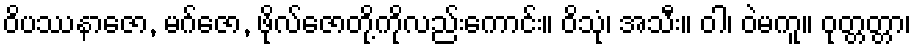
ဝိပဿနာဇော, မဂ်ဇော, ဖိုလ်ဇောတို့ကိုလည်းကောင်း။ ဝိသုံ၊ အသီး။ ဝါ၊ ဝဲမကူ။ ဝုတ္တတ္တာ၊